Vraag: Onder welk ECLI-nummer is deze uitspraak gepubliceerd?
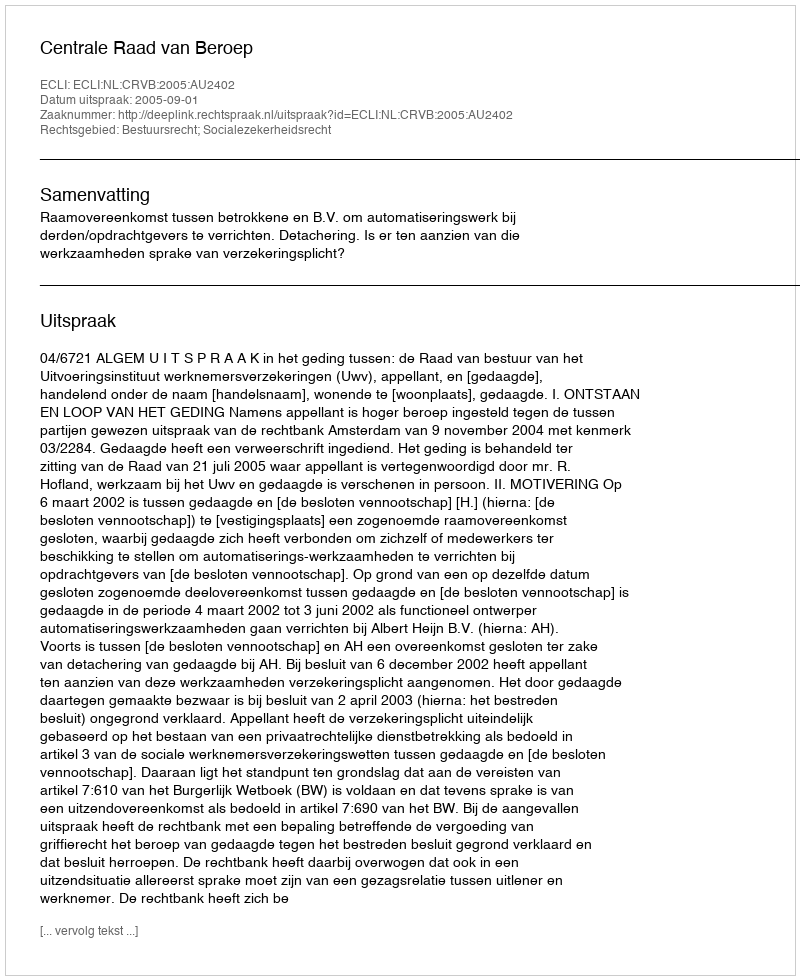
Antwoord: ECLI:NL:CRVB:2005:AU2402